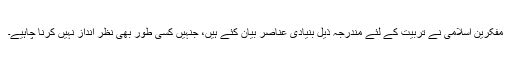
مفکرین اسلامی نے تربیّت کے لئے مندرجہ ذیل بنیادی عناصر بیان کئے ہیں، جنہیں کسی طور بھی نظر انداز نہیں کرنا چاہیے۔